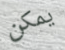
يمكن